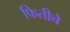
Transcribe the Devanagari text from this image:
फितीचे